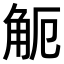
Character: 𧣂